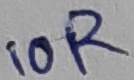
Text: 10R